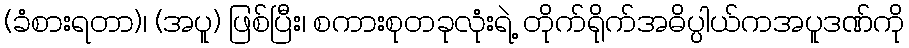
(ခံစားရတာ)၊ (အပူ) ဖြစ်ပြီး၊ စကားစုတခုလုံးရဲ့ တိုက်ရိုက်အဓိပ္ပါယ်ကအပူဒဏ်ကို